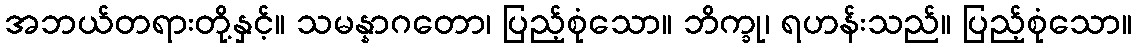
အဘယ်တရားတို့နှင့်။ သမန္နာဂတော၊ ပြည့်စုံသော။ ဘိက္ခု၊ ရဟန်းသည်။ ပြည့်စုံသော။